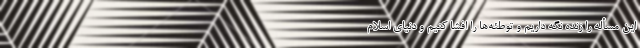
این مسأله را زنده نگه داریم و توطئه‌ها را افشا کنیم و دنیای اسلام